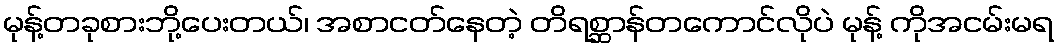
မုန့်တခုစားဘို့ပေးတယ်၊ အစာငတ်နေတဲ့ တိရစ္ဆာန်တကောင်လိုပဲ မုန့် ကိုအငမ်းမရ